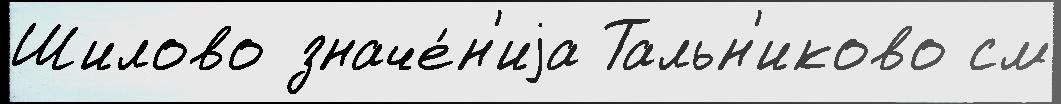
Шилово значе́н'иjа Тальн'иково см